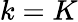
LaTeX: k=K